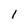
Character: 1